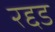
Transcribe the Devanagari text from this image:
रद्दड